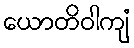
ယောတိဝါကျံ